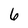
Character: 6